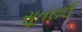
સૂતરાઉ